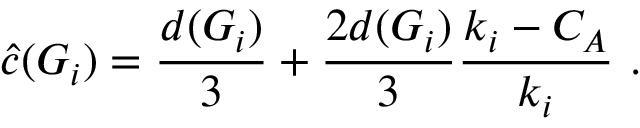
\hat { c } ( G _ { i } ) = \frac { d ( G _ { i } ) } { 3 } + \frac { 2 d ( G _ { i } ) } { 3 } \frac { k _ { i } - C _ { A } } { k _ { i } } ~ .